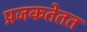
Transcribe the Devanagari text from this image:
प्रजकतेतत